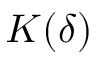
K ( \delta )